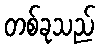
တစ်ခုသည်